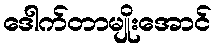
ဒေါက်တာမျိုးအောင်